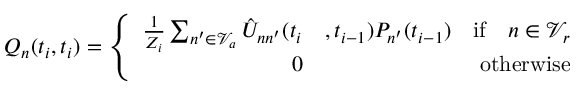
Q _ { n } ( t _ { i } , t _ { i } ) = \left\{ \begin{array} { r l r } { \frac { 1 } { Z _ { i } } \sum _ { n ^ { \prime } \in \mathcal { V } _ { a } } \hat { U } _ { n n ^ { \prime } } ( t _ { i } } & { , t _ { i - 1 } ) P _ { n ^ { \prime } } ( t _ { i - 1 } ) } & { \mathrm { i f } \quad n \in \mathcal { V } _ { r } } \\ { 0 } & { } & { \mathrm { o t h e r w i s e } } \end{array} \right.